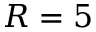
R = 5